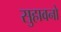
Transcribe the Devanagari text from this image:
सुहावनो